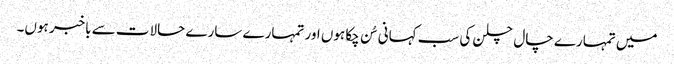
میں تمہارے چال چلن کی سب کہانی سُن چکا ہوں اور تمہارے سارے حالات سے باخبر ہوں۔